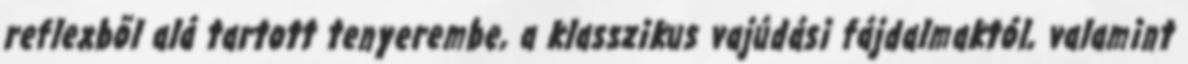
reflexbõl alá tartott tenyerembe, a klasszikus vajúdási fájdalmaktól, valamint